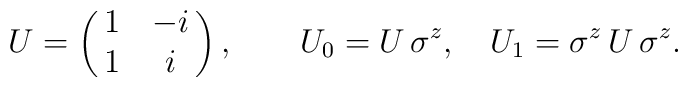
U=\pmatrix{1&-i\cr 1& i\cr},\qquad U_0= U \,\sigma^z,\quad U_1=\sigma^z\, U \,\sigma^z.